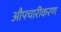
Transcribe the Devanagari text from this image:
औपचारीकरण